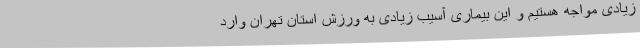
زیادی مواجه هستیم و این بیماری آسیب زیادی به ورزش استان تهران وارد